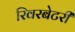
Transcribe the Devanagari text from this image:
रिवरबेटरी